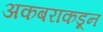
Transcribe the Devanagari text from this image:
अकबराकडून